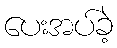
ပေးအပ်ခဲ့